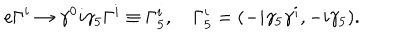
e \Gamma ^ { i } \to \gamma ^ { 0 } i \gamma _ { 5 } \Gamma ^ { i } \equiv \Gamma _ { 5 } ^ { i } , \quad \Gamma _ { 5 } ^ { i } = ( - i \gamma _ { 5 } \gamma ^ { i } , - i \gamma _ { 5 } ) .